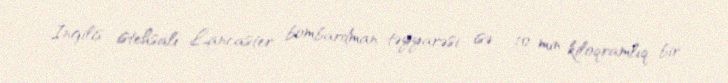
İngilis istehsalı Lancaster bombardman təyyarəsi isə , 10 min kiloqramlıq bir